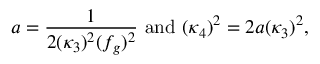
a = \frac { 1 } { 2 ( \kappa _ { 3 } ) ^ { 2 } ( f _ { g } ) ^ { 2 } } ~ \mathrm { a n d } ~ ( \kappa _ { 4 } ) ^ { 2 } = 2 a ( \kappa _ { 3 } ) ^ { 2 } ,